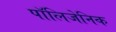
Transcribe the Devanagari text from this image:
पॉलिजेनिक